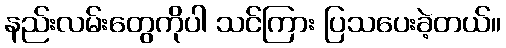
နည်းလမ်းတွေကိုပါ သင်ကြား ပြသပေးခဲ့တယ်။